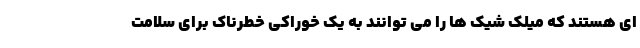
ای هستند که میلک شیک ها را می توانند به یک خوراکی خطرناک برای سلامت